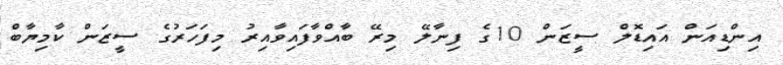
އިންޑިއަން އައިޑޮލް ސީޒަން 10ގެ ފިނާލޭ މިރޭ ބާއްވާފައިވާއިރު މިފަހަރުގެ ސީޒަން ކާމިޔާބް